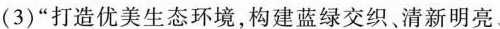
(3)“打造优美生态环境，构建蓝绿交织、清新明亮、